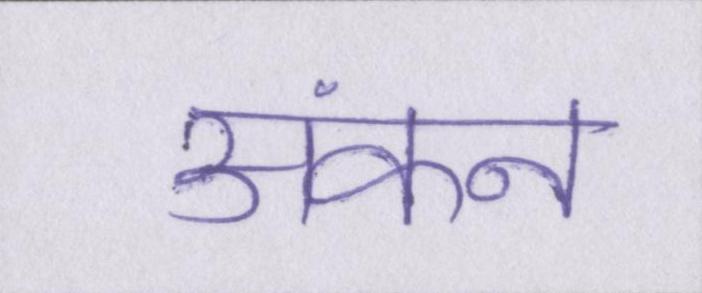
अंकन